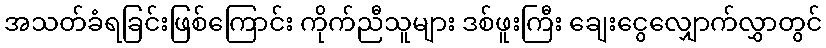
အသတ်ခံရခြင်းဖြစ်ကြောင်း ကိုက်ညီသူများ ဒစ်ဖူးကြီး ချေးငွေလျှောက်လွှာတွင်